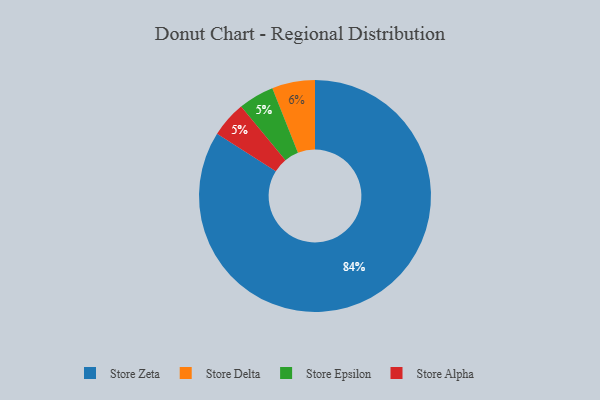
{"axis": {"x": "Category", "y": "Percentage"}, "legend": ["Store Alpha", "Store Delta", "Store Epsilon", "Store Zeta"], "data": [{"x": "Store Zeta", "y": 84, "type": "Store Zeta"}, {"x": "Store Delta", "y": 6, "type": "Store Delta"}, {"x": "Store Epsilon", "y": 5, "type": "Store Epsilon"}, {"x": "Store Alpha", "y": 5, "type": "Store Alpha"}]}